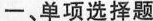
一、单项选择题